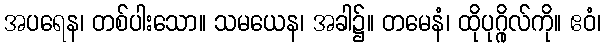
အပရေန၊ တစ်ပါးသော။ သမယေန၊ အခါ၌။ တမေနံ၊ ထိုပုဂ္ဂိုလ်ကို။ ဧဝံ၊